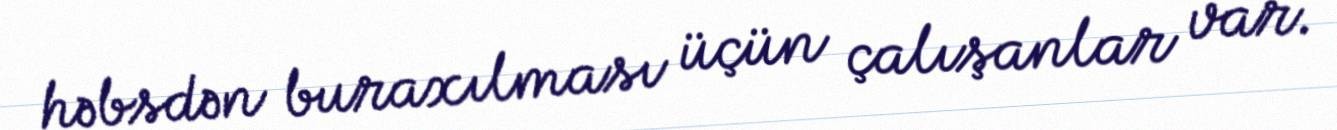
həbsdən buraxılması üçün çalışanlar var.